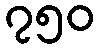
၇၅၀